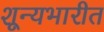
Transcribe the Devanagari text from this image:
शून्यभारीत